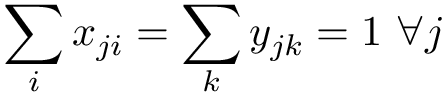
\sum _ { i } x _ { j i } = \sum _ { k } y _ { j k } = 1 \ \forall j